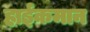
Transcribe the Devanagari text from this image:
हाईकमान